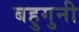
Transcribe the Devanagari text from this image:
बहुगुनी